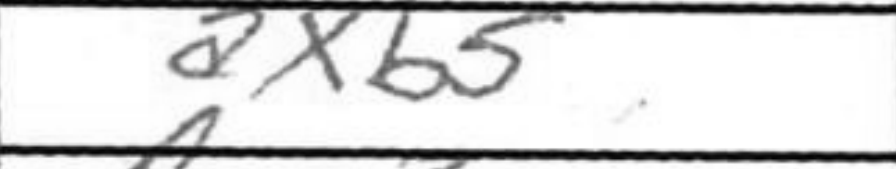
Transcription: axb5